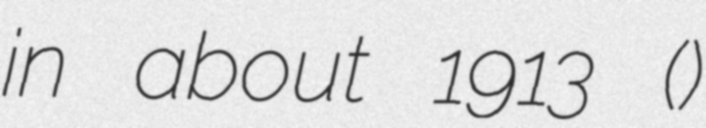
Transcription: in about 1913 (Іоэранна)